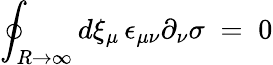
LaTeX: \oint_{R\to\infty}d\xi_{\mu}\, \epsilon_{\mu\nu}\partial_{\nu}\sigma\; =\; 0